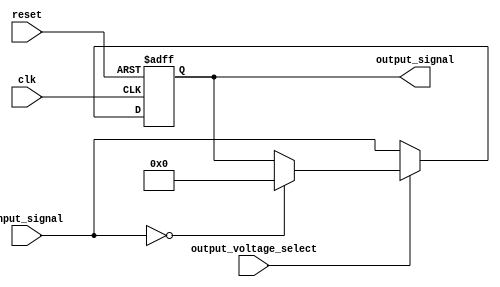
module level_shifter (
    input wire clk,
    input wire reset,
    input wire [3:0] input_signal,
    input wire output_voltage_select,
    output wire [3:0] output_signal
);

//Voltage Level Shifter Logic
always @(posedge clk or posedge reset) begin
    if(reset) begin
        output_signal <= 4'b0000;
    end else begin
        if(output_voltage_select) begin
            case(input_signal)
                4'b0000: output_signal <= 4'b0000; //Voltage level conversion logic goes here
                //Add more cases for other input signal levels
            endcase
        end else begin
            output_signal <= input_signal; //When output voltage select is not high, pass through the input signal
        end
    end
end

endmodule